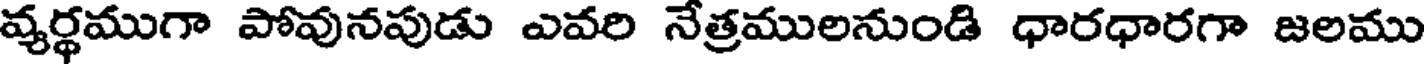
వ్యర్థముగా పోవునపుడు ఎవరి నేత్రములనుండి ధారధారగా జలము